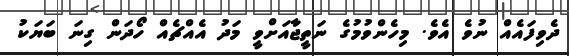
ދެވިފައެއް ނުވެ އެވެ. މިހެންވުމުގެ ނަތީޖާއަށްވީ މަދު އެއްޗެއް ހޯދަން ގިނަ ބަޔަކު